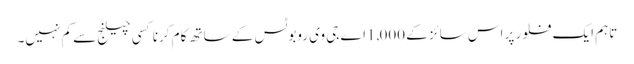
تاہم ایک فلور پر اس سائز کے 1,000اے جی وی روبوٹس کے ساتھ کام کرنا کسی چیلنج سے کم نہیں۔